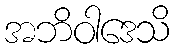
အဘိဝါဒေသိ